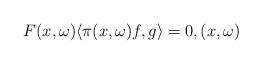
LaTeX: \begin{align*}F(x,\omega) \langle \pi(x,\omega) f, g \rangle = 0, (x,\omega)\end{align*}